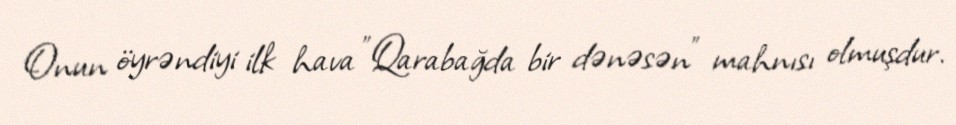
Onun öyrəndiyi ilk hava "Qarabağda bir dənəsən" mahnısı olmuşdur.